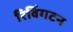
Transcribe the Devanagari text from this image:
रिविंगटन